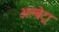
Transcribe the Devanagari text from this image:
अल्बेट्रा